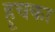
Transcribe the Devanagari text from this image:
हूचका